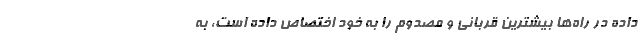
داده در راه‌ها بیشترین قربانی و مصدوم را به خود اختصاص داده است، به